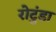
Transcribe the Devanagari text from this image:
रोटुंडा